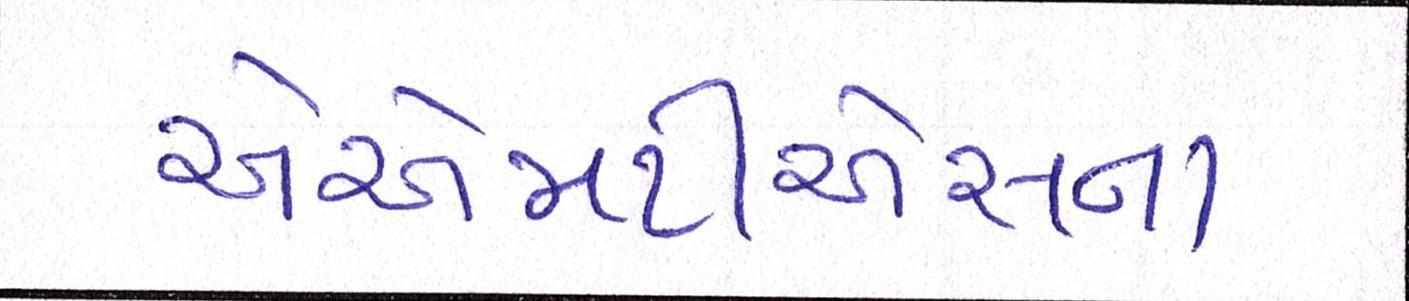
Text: એએમટીએસના